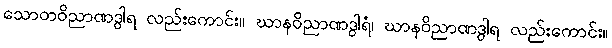
သောတဝိညာဏဒွါရ လည်းကောင်း။ ဃာနဝိညာဏဒွါရံ၊ ဃာနဝိညာဏဒွါရ လည်းကောင်း။